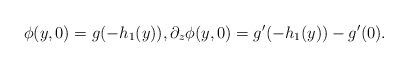
LaTeX: \begin{align*}\phi(y,0)=g(-h_1(y)), \partial_z\phi(y,0)=g^\prime(-h_1(y))-g^\prime(0).\end{align*}